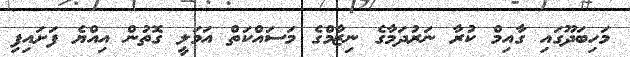
މަހިބަދޫގައި ގާއިމް ކުރާ ނަރުދަމާގެ ނިޒާމްގެ މަސައްކަތް އަމަލީ ގޮތުން އިއްޔެ ފަށައިފި